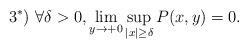
LaTeX: \begin{align*}3^*)~ \forall\delta>0, \lim_{y\to+0} \sup_{|x|\ge\delta}P(x,y)=0.\end{align*}